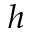
h